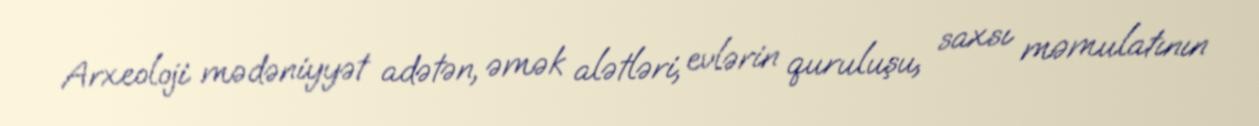
Arxeoloji mədəniyyət adətən, əmək alətləri, evlərin quruluşu, saxsı məmulatının